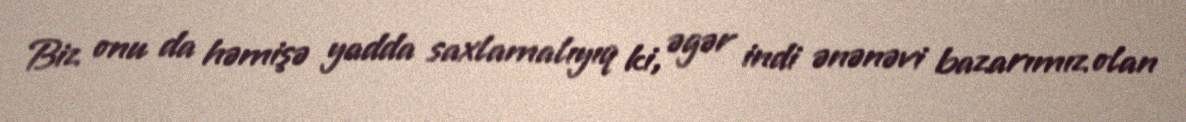
Biz onu da həmişə yadda saxlamalıyıq ki, əgər indi ənənəvi bazarımız olan